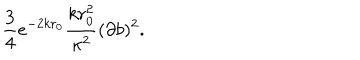
\frac { 3 } { 4 } e ^ { - 2 k r _ { 0 } } \frac { k r _ { 0 } ^ { 2 } } { \kappa ^ { 2 } } ( \partial b ) ^ { 2 } .